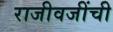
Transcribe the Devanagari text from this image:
राजीवजींची